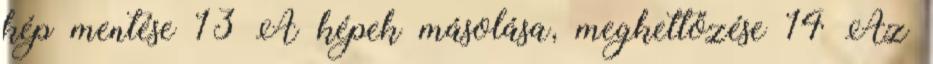
kép mentése 13 A képek másolása, megkettőzése 14 Az